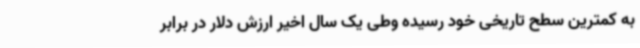
به کمترین سطح تاریخی خود رسیده وطی یک سال اخیر ارزش دلار در برابر